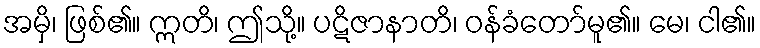
အမှိ၊ ဖြစ်၏။ ဣတိ၊ ဤသို့။ ပဋိဇာနာတိ၊ ဝန်ခံတော်မူ၏။ မေ၊ ငါ၏။